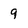
Character: 9